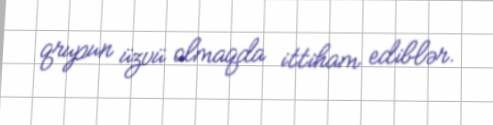
qrupun üzvü olmaqda ittiham ediblər.